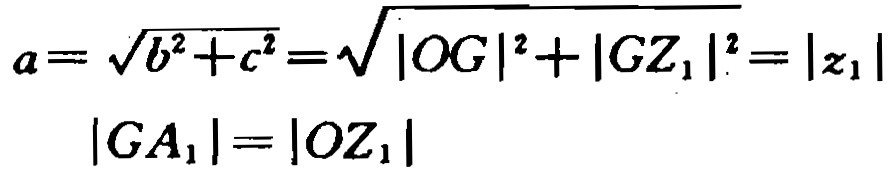
\[
\begin{align*}
a&=\sqrt{b^{2}+c^{2}}=\sqrt{|OG|^{2}+|GZ_{1}|^{2}} = |z_{1}|\\
|GA_{1}|&=|OZ_{1}|
\end{align*}
\]